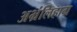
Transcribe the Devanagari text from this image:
अभ्रंलिहाग्र